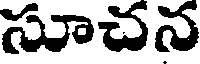
సూచన